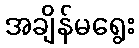
အချိန်မရွေး